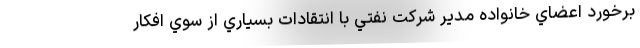
برخورد اعضاي خانواده مدير شركت نفتي با انتقادات بسياري از سوي افكار